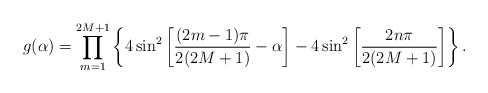
\begin{align*}g(\alpha)=\prod_{m=1}^{2M+1}\left\{4 \sin^2\left[\frac{ (2m-1)\pi}{2(2M+1)}-\alpha\right]- 4 \sin^2\left[\frac{ 2n\pi}{2(2M+1)}\right] \right\}.\end{align*}